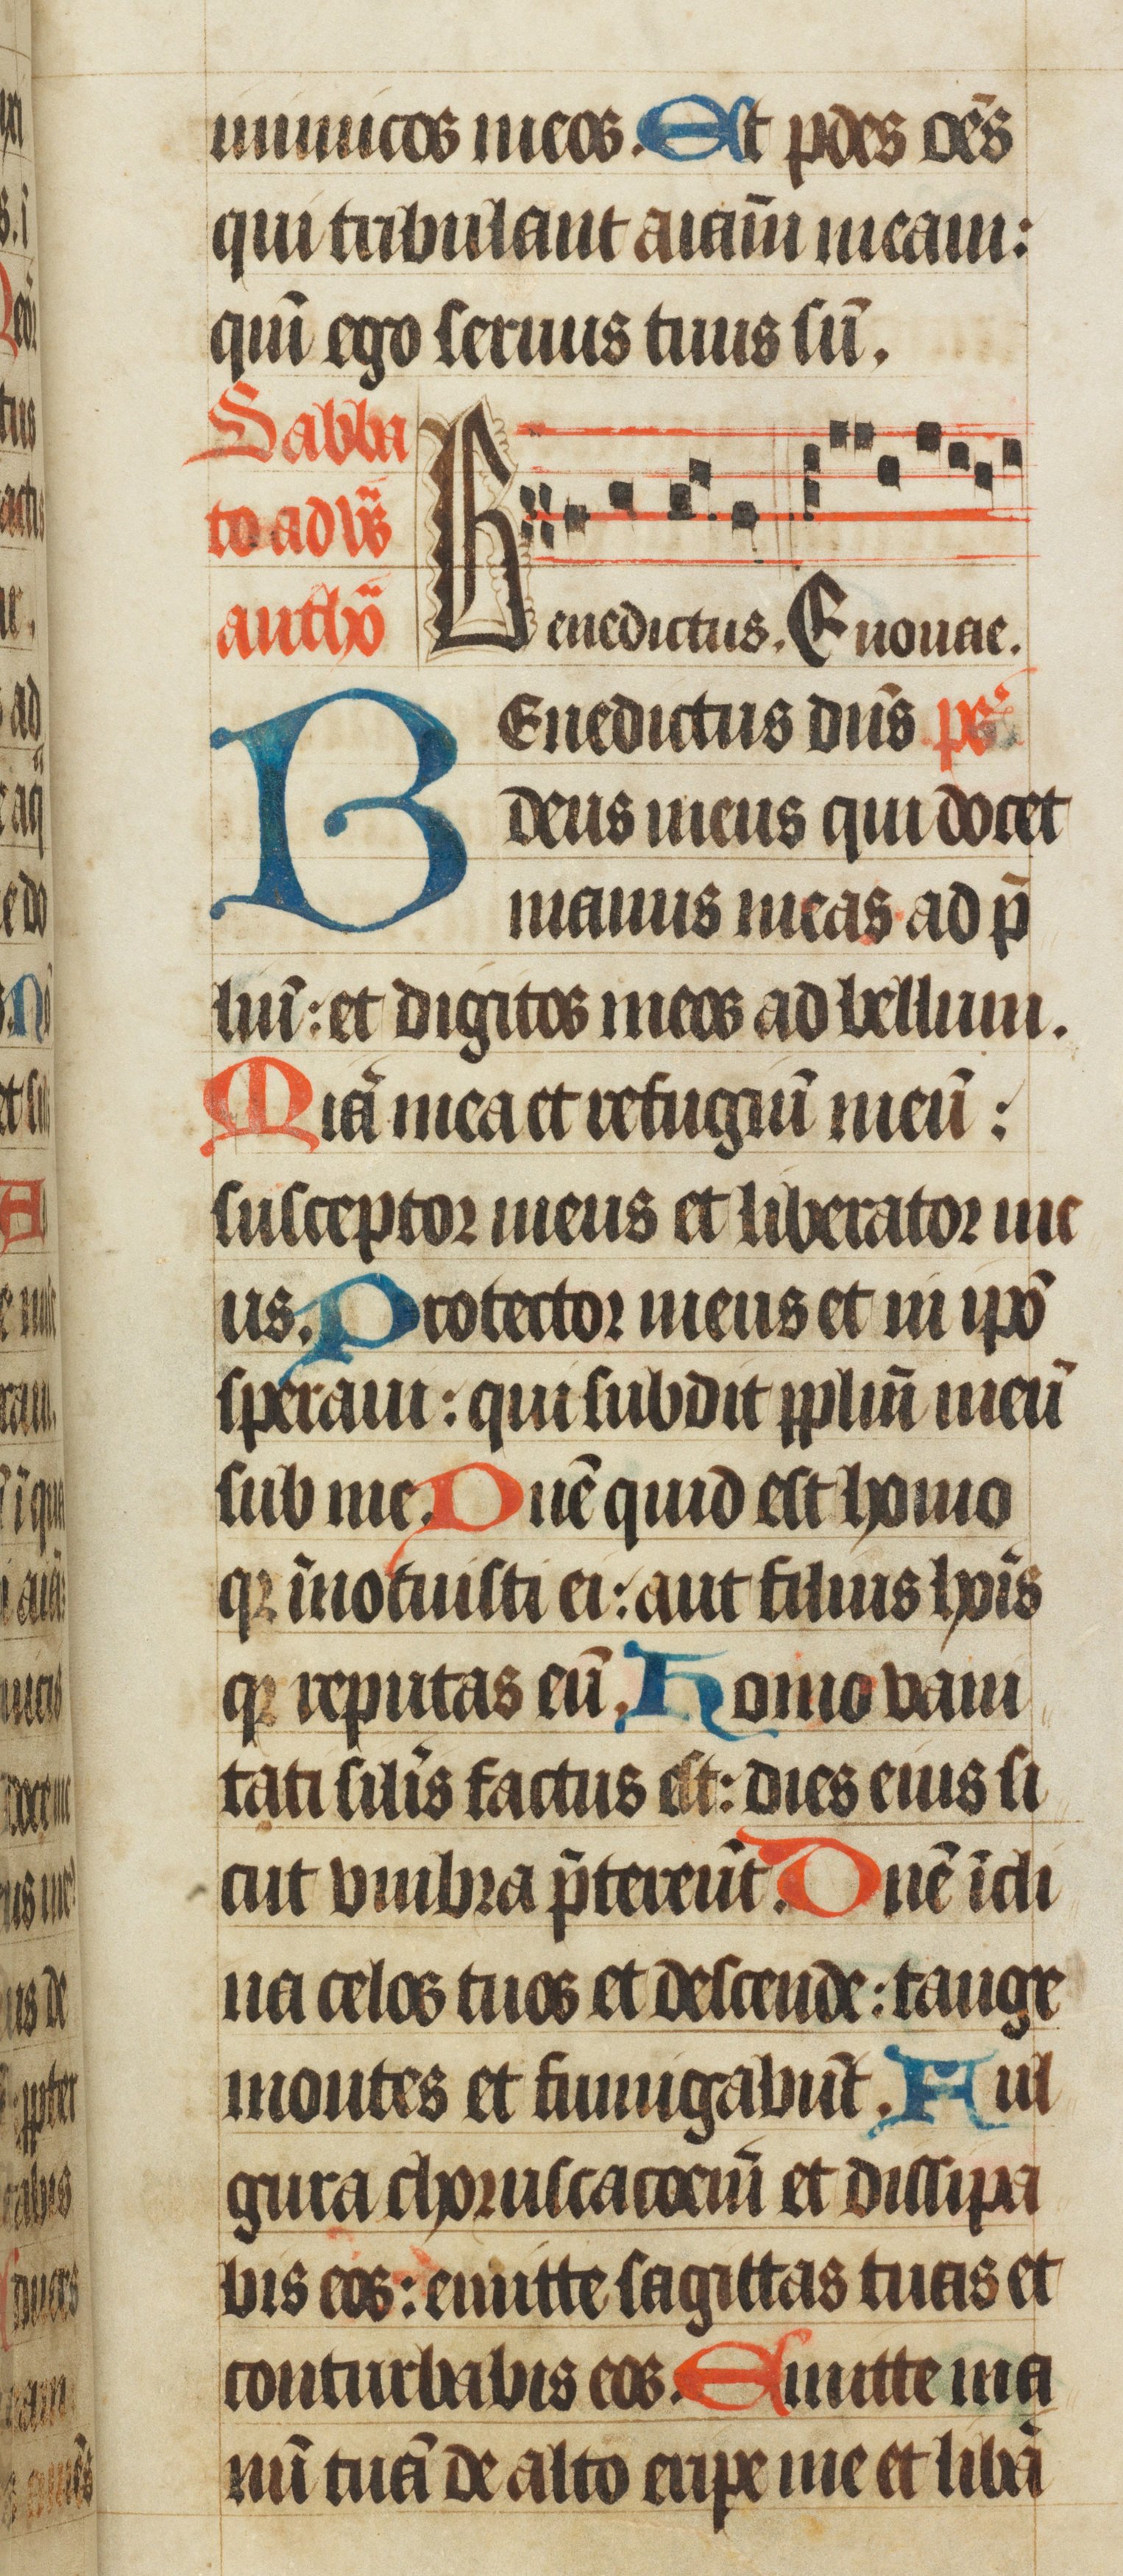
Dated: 1450–1499